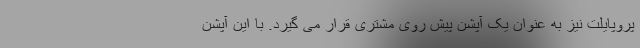
پروپایلت نیز به عنوان یک آپشن پیش روی مشتری قرار می گیرد. با این آپشن